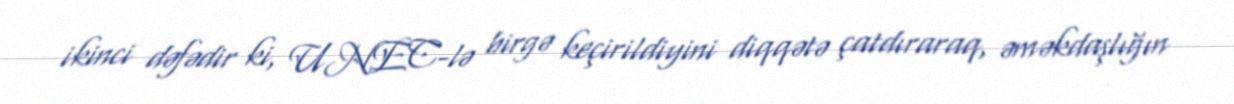
ikinci dəfədir ki, UNEC-lə birgə keçirildiyini diqqətə çatdıraraq, əməkdaşlığın